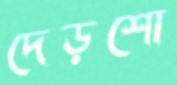
দেড়শো